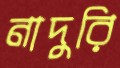
নাদুরি